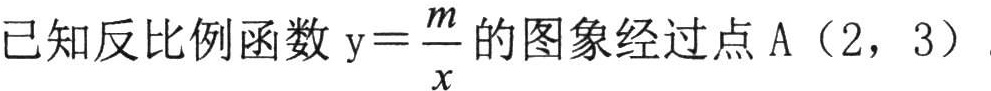
已知反比例函数$\mathrm{y}=\frac{m}{x}$的图象经过点$\mathrm{A}$（2，3）.